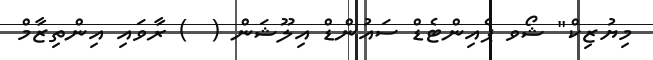
މިޔުޒިކް" ޝޯވ ޕެއިންޓެޑް ސައުންޑް އިލޫޝަން (  ) ރާވައި އިންތިޒާމް